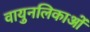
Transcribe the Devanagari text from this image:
वायुनलिकाओं